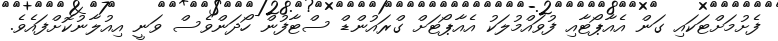
ފެށުމަށްޓަކައި ގަން އެއާޕޯޓާއި ފުވައްމުލަކު އެއާޕޯޓަށް ގްރައުންޑް ސްޓާފުން ހޯދަންވެސް ވަނީ އިއުލާނުކޮށްފައެވެ.